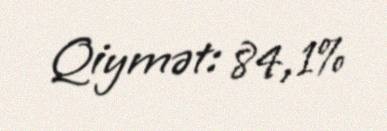
Qiymət: 84,1%